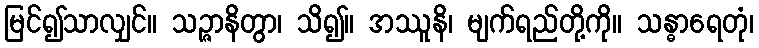
မြင်၍သာလျှင်။ သဉ္ဇာနိတွာ၊ သိ၍။ အဿူနိ၊ မျက်ရည်တို့ကို။ သန္ဓာရေတုံ၊